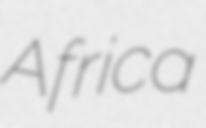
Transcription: Africa